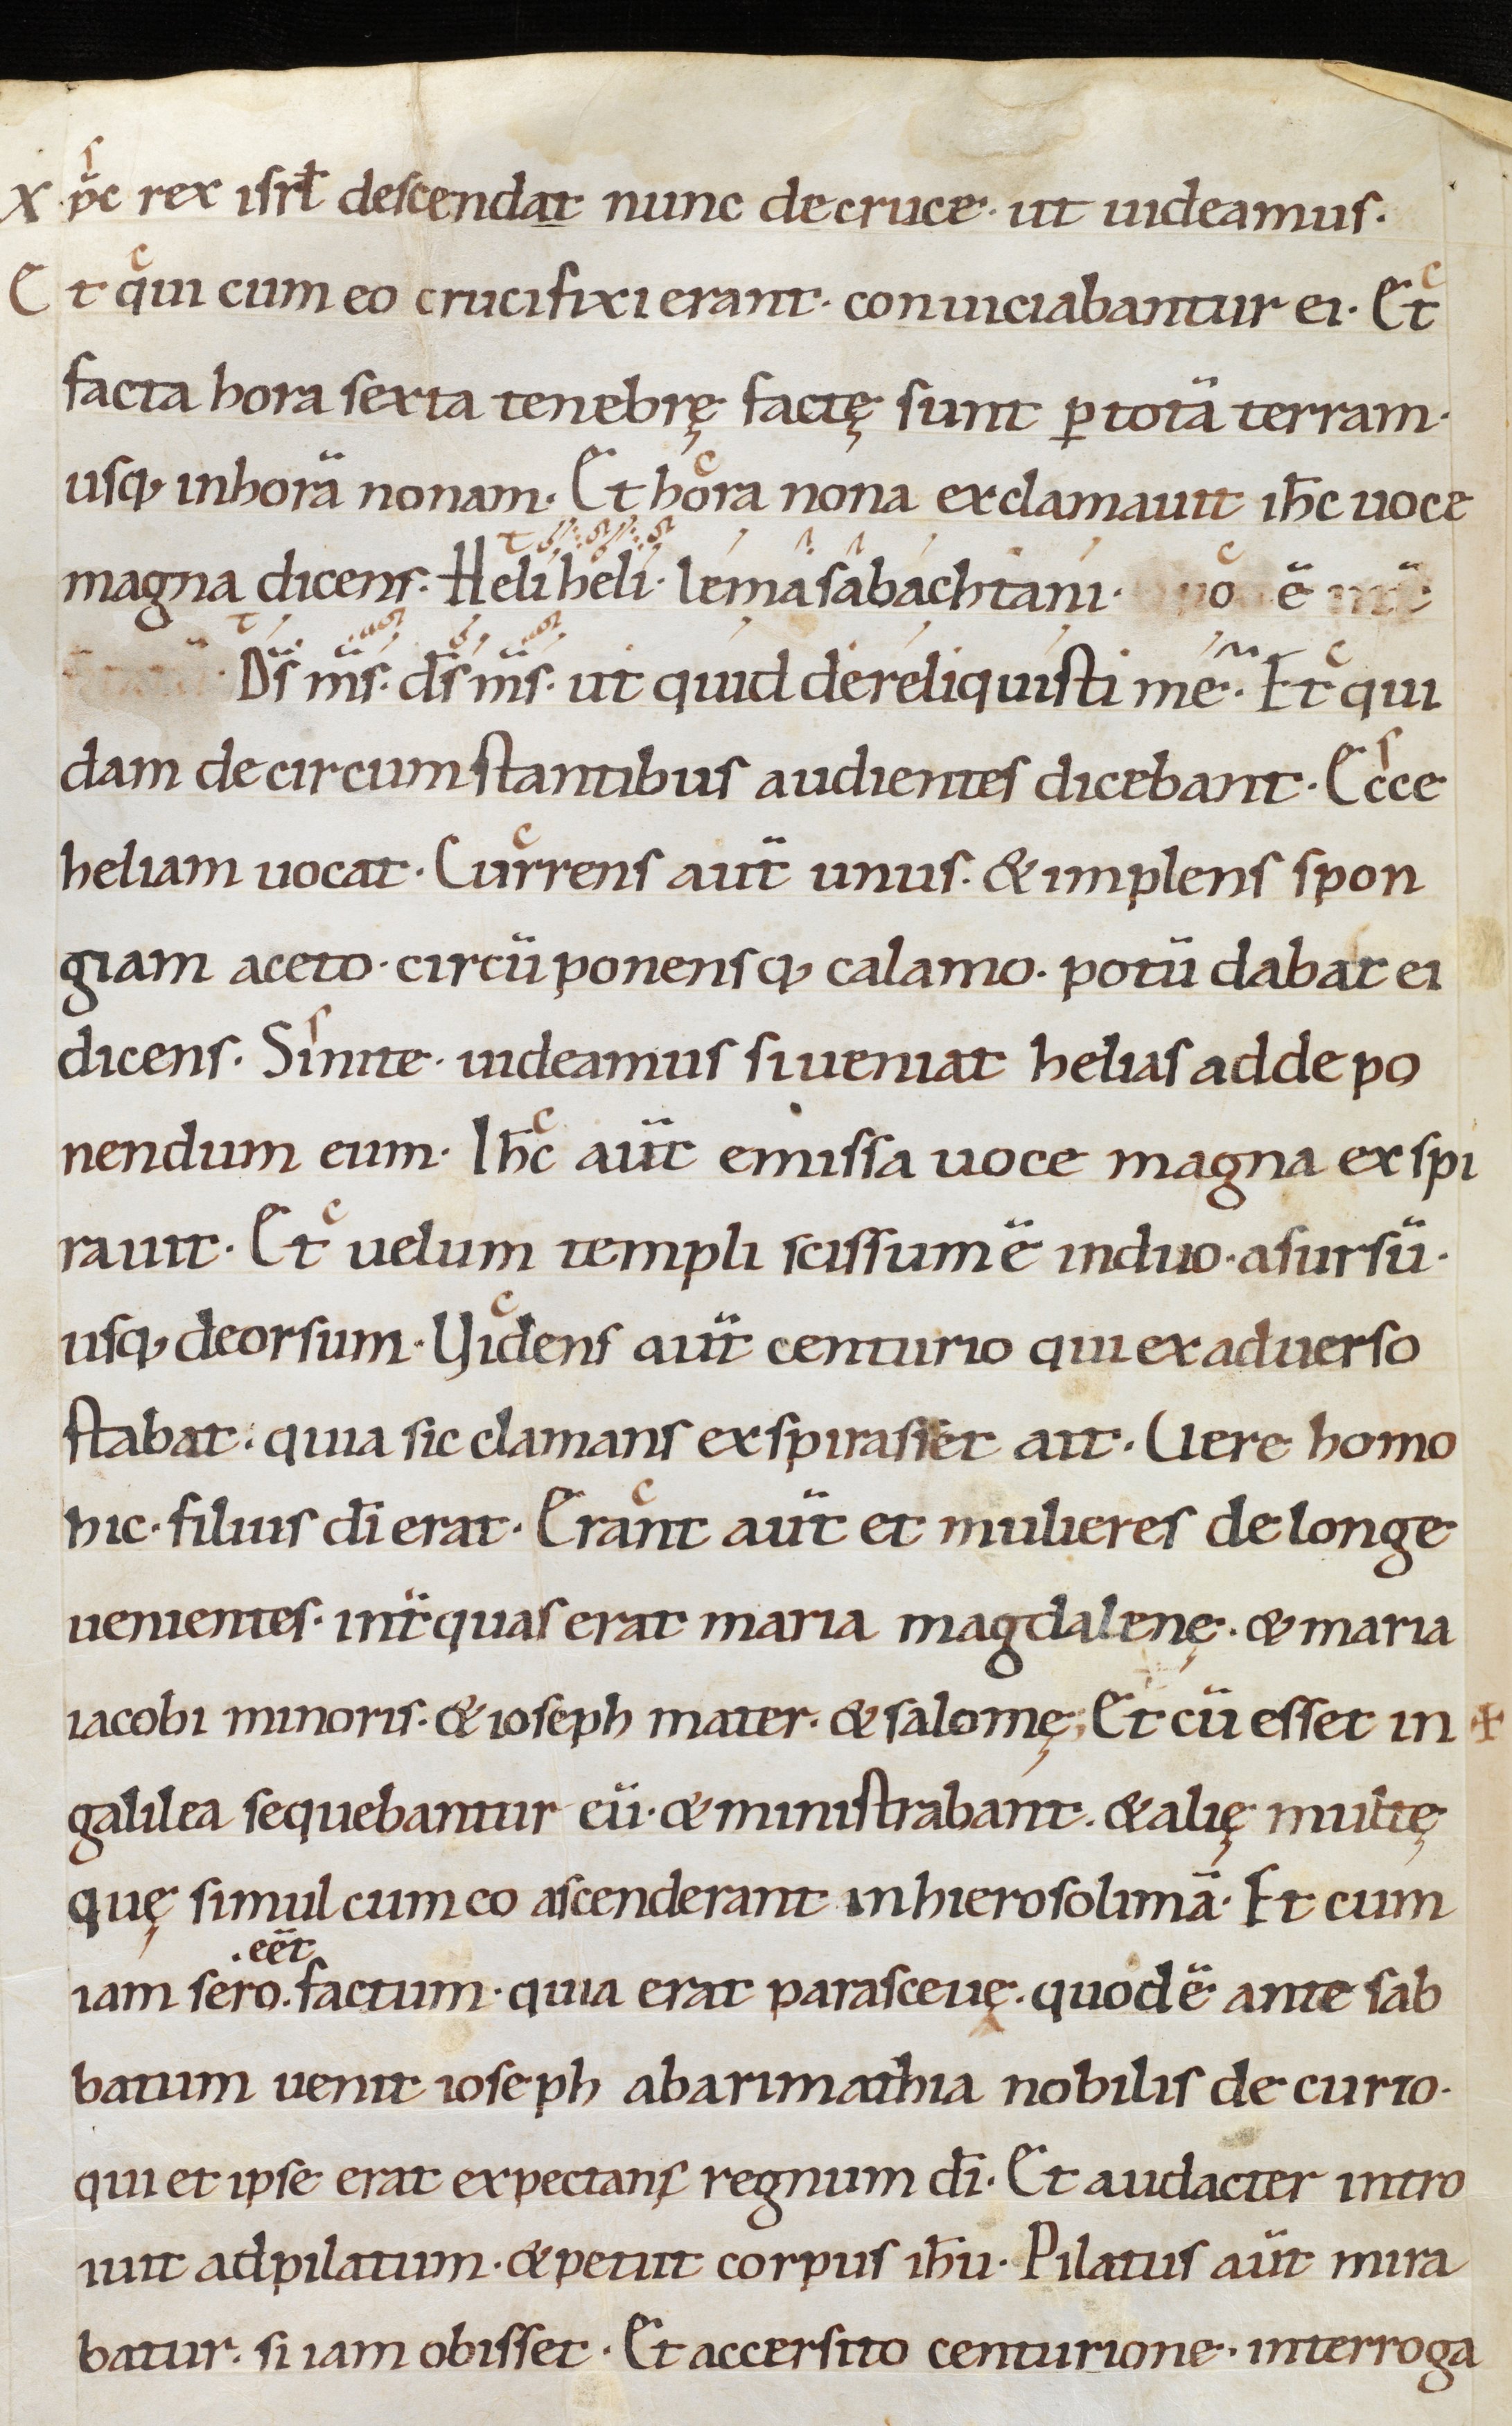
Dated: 1000–1049